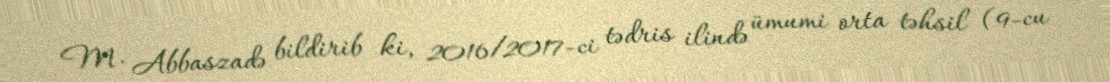
M. Abbaszadə bildirib ki, 2016/2017-ci tədris ilində ümumi orta təhsil (9-cu